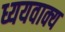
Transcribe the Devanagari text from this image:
ध्ययवाक्य